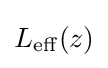
L_{\mathrm {eff} }(z)